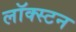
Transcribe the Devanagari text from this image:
लॉक्स्टन